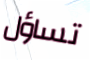
تساؤل